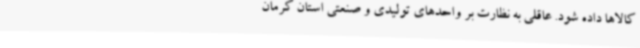
کالاها داده شود. عاقلی به نظارت بر واحدهای تولیدی و صنعتی استان کرمان